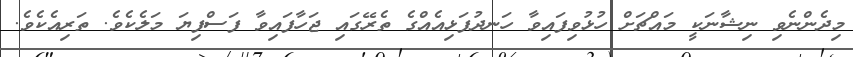
މިދެންނެވި ނިޝާނަކީ މައްޗަށް ހުޅުވިފައިވާ ހަނދުފަޅިއެއްގެ ތެރޭގައި ޖަހާފައިވާ ފަސްފިޔަ މަލެކެވެ. ތަރިއެކެވެ.